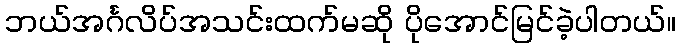
ဘယ်အင်္ဂလိပ်အသင်းထက်မဆို ပိုအောင်မြင်ခဲ့ပါတယ်။